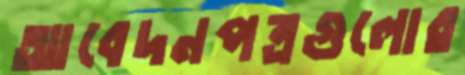
আবেদনপত্রগুলোর